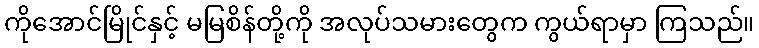
ကိုအောင်မြိုင်နှင့် မမြစိန်တို့ကို အလုပ်သမားတွေက ကွယ်ရာမှာ ကြသည်။